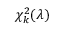
\chi _ { k } ^ { 2 } ( \lambda )